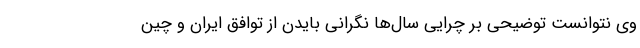
وی نتوانست توضیحی بر چرایی سال‌ها نگرانی بایدن از توافق ایران و چین